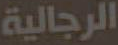
الرجالية